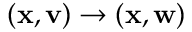
( { \bf x } , { \bf v } ) \rightarrow ( { \bf x } , { \bf w } )